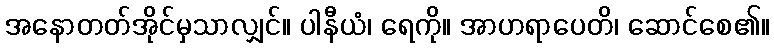
အနောတတ်အိုင်မှသာလျှင်။ ပါနီယံ၊ ရေကို။ အာဟရာပေတိ၊ ဆောင်စေ၏။